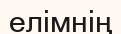
елімнің